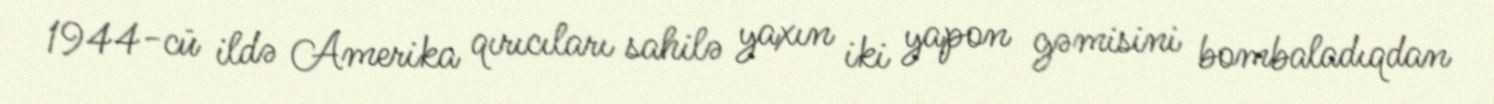
1944-cü ildə Amerika qırıcıları sahilə yaxın iki yapon gəmisini bombaladıqdan